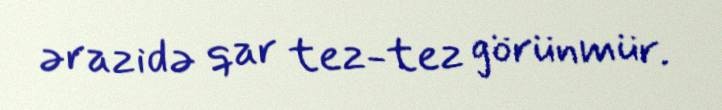
ərazidə qar tez-tez görünmür.